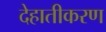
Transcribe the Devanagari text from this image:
देहातीकरण